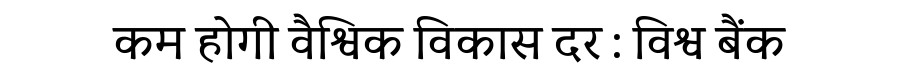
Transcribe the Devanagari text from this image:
कम होगी वैश्विक विकास दर : विश्व बैंक